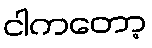
ငါကတော့